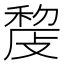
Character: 𢾨